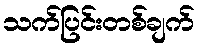
သက်ပြင်းတစ်ချက်